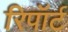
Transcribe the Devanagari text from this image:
रिपॉर्ट